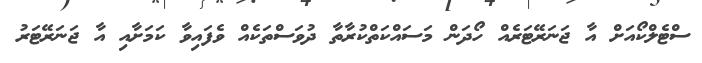
ސްޓެލްކޯއަށް އާ ޖަނަރޭޓަރެއް ހޯދަން މަސައްކަތްކުރާތާ ދުވަސްތަކެއް ވެފައިވާ ކަމަށާއި އާ ޖަނަރޭޓަރު